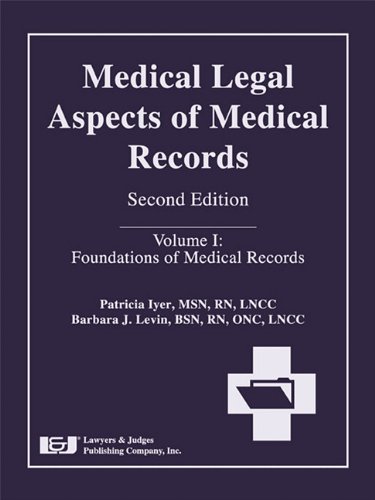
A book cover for Medical Legal Aspects of Medical Records, Second Edition; Patricia W. Iyer; Law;